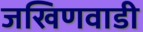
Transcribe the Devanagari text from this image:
जखिणवाडी